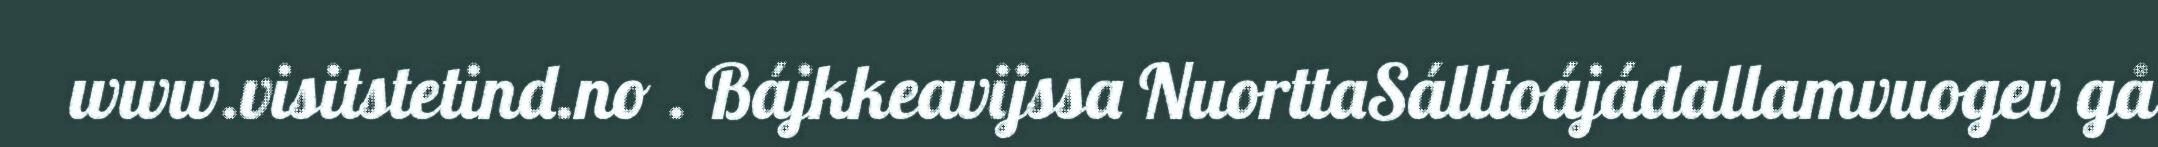
www.visitstetind.no . Bájkkeavijssa NuorttaSálltoájádallamvuogev gå